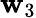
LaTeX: \mathbf{w}_{3}